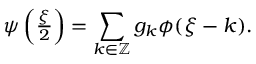
\begin{array} { r } { \psi \left( \frac { \xi } { 2 } \right) = \displaystyle \sum _ { k \in \mathbb { Z } } g _ { k } \phi ( \xi - k ) . } \end{array}